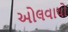
ઓલવાયો